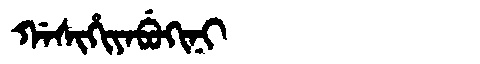
Manchu: ᡤᠠᠰᡳᡥᡳᠶᠠᠪᡠᡴᡳᠨᡳ
Romanization: GASIHIYABUKINI